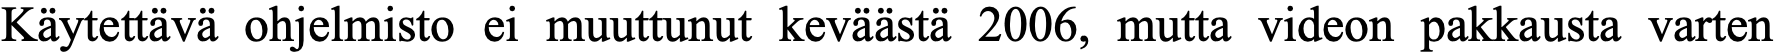
Käytettävä ohjelmisto ei muuttunut keväästä 2006, mutta videon pakkausta varten